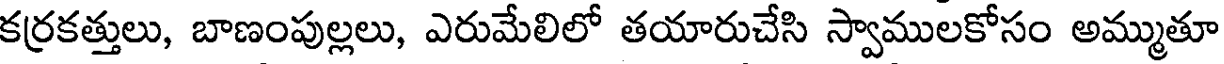
కర్రకత్తులు, బాణంపుల్లలు, ఎరుమేలిలో తయారుచేసి స్వాములకోసం అమ్ముతూ